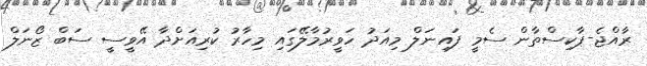
ރާއްޖެ-ޕާކިސްތާން ސެމީ ފައިނަލް މިއަދު ހަވީރުމާލޭގައި މިހާރު ކުރިއަށްދާ އޭވީސީ ސަބް ޒޯނަލް